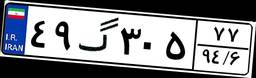
۴۹گ۳۰۵۷۷